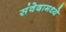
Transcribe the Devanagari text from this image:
संवेदामध्ये